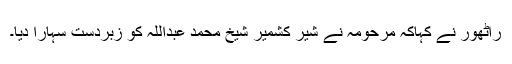
راٹھور نے کہاکہ مرحومہ نے شیر کشمیر شیخ محمد عبداللہ کو زبردست سہارا دیا۔